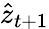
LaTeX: \hat{z}_{t+1}